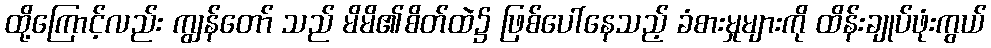
ထို့ကြောင့်လည်း ကျွန်တော် သည် မိမိ၏စိတ်ထဲ၌ ဖြစ်ပေါ်နေသည့် ခံစားမှုများကို ထိန်းချုပ်ဖုံးကွယ်